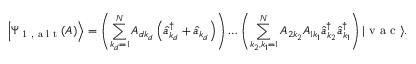
\left| \Psi _ { \textrm { 1 , a l t } } ( A ) \right\rangle = \left( \sum _ { k _ { d } = 1 } ^ { N } A _ { d k _ { d } } \left( \hat { a } _ { k _ { d } } ^ { \dagger } + \hat { a } _ { k _ { d } } \right) \right) \ldots \left( \sum _ { k _ { 2 } , k _ { 1 } = 1 } ^ { N } A _ { 2 k _ { 2 } } A _ { 1 k _ { 1 } } \hat { a } _ { k _ { 2 } } ^ { \dagger } \hat { a } _ { k _ { 1 } } ^ { \dagger } \right) | \textrm { v a c } \rangle .